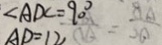
\angle A D C = 9 0 ^ { \circ }